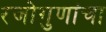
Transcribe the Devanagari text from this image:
रजोगुणांचा